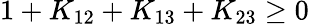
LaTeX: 1+K_{12}+K_{13}+K_{23}\ge 0